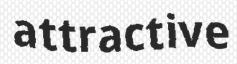
attractive